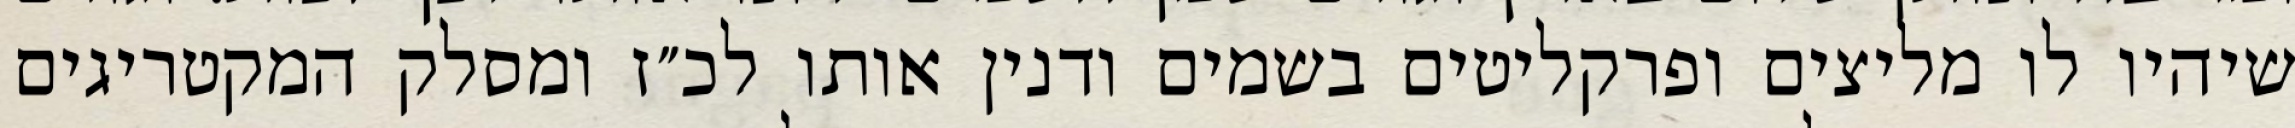
שיהיו לו מליצים ופרקליטים בשמים ודנין אותו לכ״ז ומסלק המקטריגים